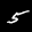
Label: 5